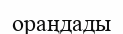
ораңдады